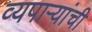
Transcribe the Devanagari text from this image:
व्यपाऱ्यांची